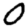
Digit: 0